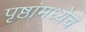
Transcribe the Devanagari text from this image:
पृष्ठांमध्येच